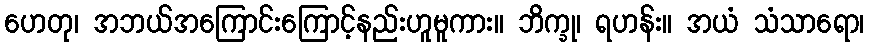
ဟေတု၊ အဘယ်အကြောင်းကြောင့်နည်းဟူမူကား။ ဘိက္ခု၊ ရဟန်း။ အယံ သံသာရော၊